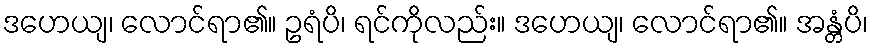
ဒဟေယျ၊ လောင်ရာ၏။ ဥရံပိ၊ ရင်ကိုလည်း။ ဒဟေယျ၊ လောင်ရာ၏။ အန္တံပိ၊